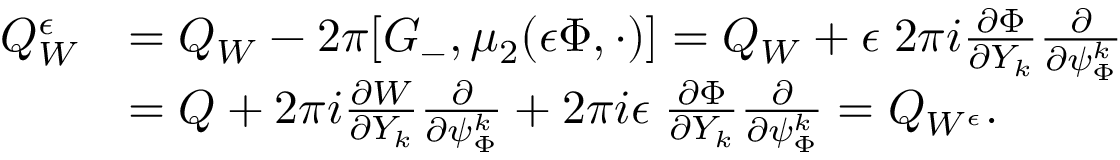
\begin{array} { r l } { Q _ { W } ^ { \epsilon } } & { = Q _ { W } - 2 \pi [ G _ { - } , \mu _ { 2 } ( { \epsilon } \Phi , \cdot ) ] = Q _ { W } + { \epsilon } \; 2 \pi i \frac { \partial \Phi } { \partial Y _ { k } } \frac { \partial } { \partial \psi _ { \Phi } ^ { k } } } \\ & { = Q + 2 \pi i \frac { \partial W } { \partial Y _ { k } } \frac { \partial } { \partial \psi _ { \Phi } ^ { k } } + 2 \pi i { \epsilon } \; \frac { \partial \Phi } { \partial Y _ { k } } \frac { \partial } { \partial \psi _ { \Phi } ^ { k } } = Q _ { W ^ { \epsilon } } . } \end{array}